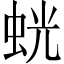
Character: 𫊶